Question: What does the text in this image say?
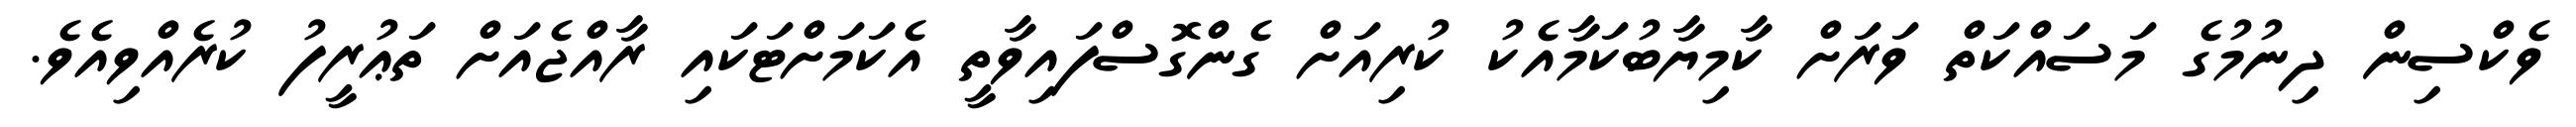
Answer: ވެކްސިން ދިނުމުގެ މަސައްކަތް ވަރަށް ކާމިޔާބުކަމާއެކު ކުރިއަށް ގެންގޮސްފައިވާތީ އެކަމަށްޓަކައި ރާއްޖެއަށް ތަޢުރީފު ކުރެއްވިއެވެ.